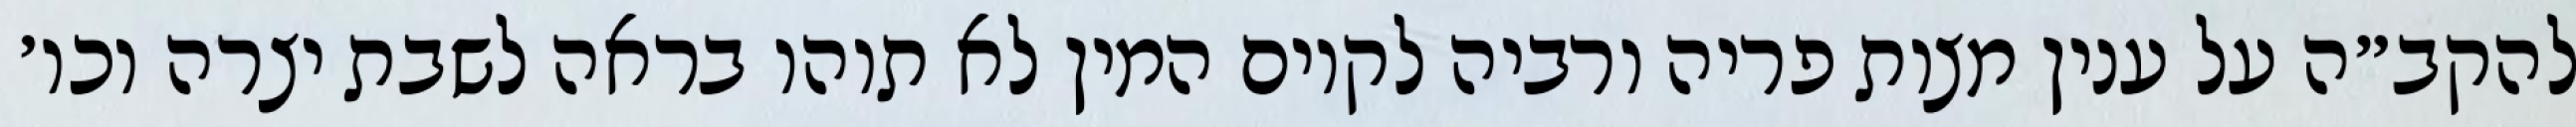
להקב״ה על ענין מצות פריה ורביה לקיום המין לא תוהו בראה לשבת יצרה וכו׳